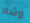
وشم